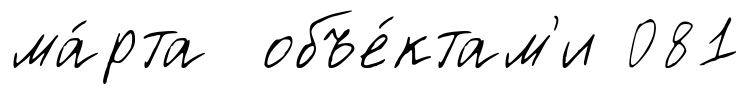
ма́рта объе́ктам'и 081